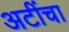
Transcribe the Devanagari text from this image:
अटींचा